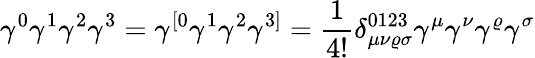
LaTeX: \gamma^{0}\gamma^{1}\gamma^{2}\gamma^{3}=\gamma^{[0}\gamma^{1}\gamma^{2}\gamma^{3]}={\frac{1}{4!}}\delta_{\mu\nu\varrho\sigma}^{0123}\gamma^{\mu}\gamma^{\nu}\gamma^{\varrho}\gamma^{\sigma}